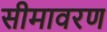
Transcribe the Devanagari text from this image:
सीमावरण